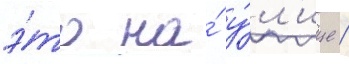
э́то на́ у́л'ице /